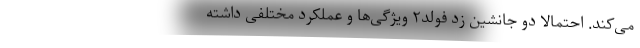
می‌کند. احتمالاً دو جانشین زد فولد۲ ویژگی‌ها و عملکرد مختلفی داشته